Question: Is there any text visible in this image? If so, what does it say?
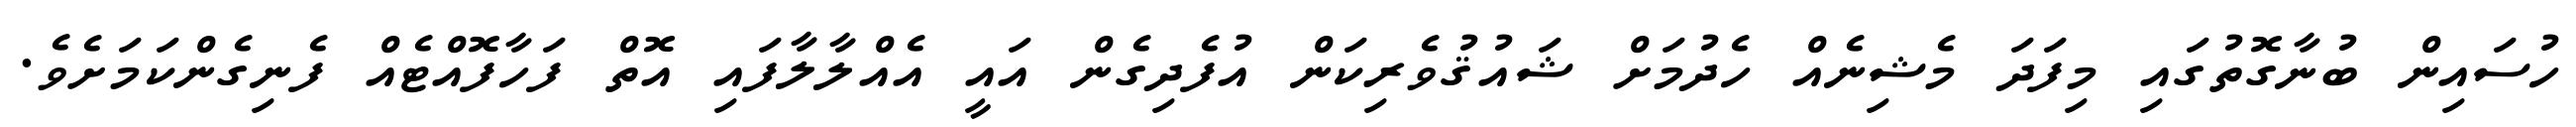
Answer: ހުސައިން ބުނާގޮތުގައި މިފަދަ މެޝިނެއް ހެދުމަށް ޝައުޤުވެރިކަން އުފެދިގެން އައީ އެއްލާލާފައި އޮތް ފަހާފޮއްޓެއް ފެނިގެންކަމަށެވެ.